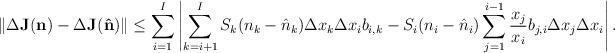
LaTeX: \begin{align*}\|\Delta {\bf{J}}^{}({\bf{n}})-\Delta {\bf{J}}^{}({\bf{\hat{n}}})\| \leq \sum_{i=1}^I \left|\sum_{k=i+1}^{I} S_k(n_k-\hat{n}_k)\Delta x_k \Delta x_i b_{i,k} - S_i (n_i-\hat{n}_i) \sum_{j= 1}^{i-1} \frac{x_j}{x_i} b_{j,i} \Delta x_j \Delta x_i\right|.\end{align*}